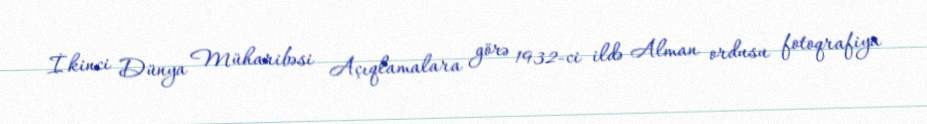
İkinci Dünya Müharibəsi Açıqlamalara görə 1932-ci ildə Alman ordusu fotoqrafiya